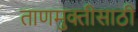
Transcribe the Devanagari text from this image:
ताणमुक्तीसाठी